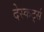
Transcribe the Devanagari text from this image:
देस्कर्ट्स